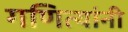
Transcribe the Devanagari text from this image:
गणित्यांनी